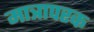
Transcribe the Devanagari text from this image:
मात्रापरक